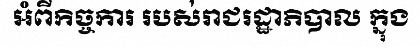
អំពីកិច្ចការ របស់រាជរដ្ឋាភិបាល ក្នុង